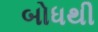
બોધથી